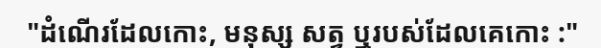
"ដំណើរដែលកោះ, មនុស្ស សត្វ ឬរបស់ដែលគេកោះ :"